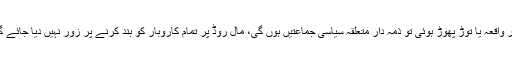
نوٹس کے متن کے مطابق اگر مال روڈ پر جلسے کے دوران کوئی ناخوشگوار واقعہ یا توڑ پھوڑ ہوئی تو ذمہ دار متعلقہ سیاسی جماعتیں ہوں گی، مال روڈ پر تمام کاروبار کو بند کرنے پر زور نہیں دیا جائے گا اور سیاسی احتجاج میں کسی بھی شخص کو زبردستی نہیں لایا جا سکے گا۔